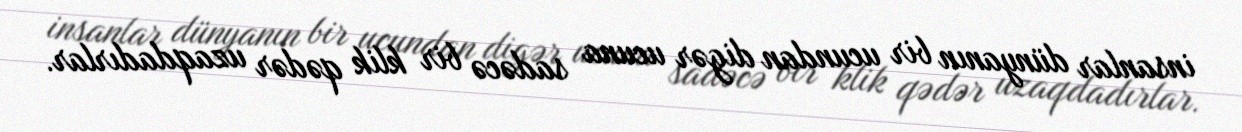
insanlar dünyanın bir ucundan digər ucuna sadəcə bir klik qədər uzaqdadırlar.